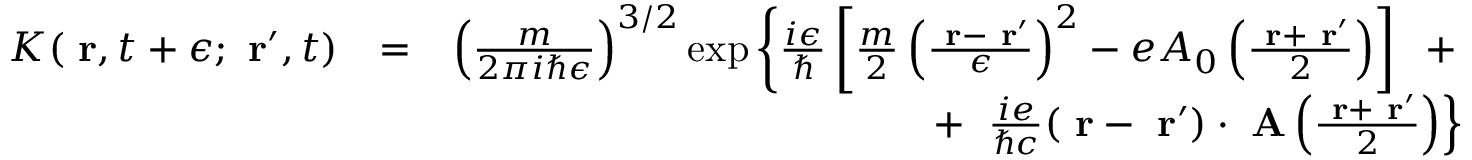
\begin{array} { r l r } { K ( \mathrm { \bf ~ r } , t + \epsilon ; \mathrm { \bf ~ r } ^ { \prime } , t ) } & { = } & { \left( \frac { m } { 2 \pi i \hbar \epsilon } \right) ^ { 3 / 2 } \exp \left\{ \frac { i \epsilon } { \hbar } \left[ \frac { m } { 2 } \left( \frac { \mathrm { \bf ~ r } - \mathrm { \bf ~ r } ^ { \prime } } { \epsilon } \right) ^ { 2 } - e A _ { 0 } \left( \frac { \mathrm { \bf ~ r } + \mathrm { \bf ~ r } ^ { \prime } } { 2 } \right) \right] \; \; + \right. } \\ & { } & { \; \; \; \; \left. + \; \; \frac { i e } { \hbar c } ( \mathrm { \bf ~ r } - \mathrm { \bf ~ r } ^ { \prime } ) \cdot \mathrm { \bf ~ A } \left( \frac { \mathrm { \bf ~ r } + \mathrm { \bf ~ r } ^ { \prime } } { 2 } \right) \right\} } \end{array}